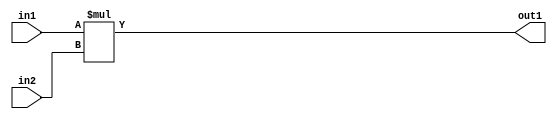
`timescale 1ps / 1ps
/*****************************************************************************
    Verilog RTL Description
    
    
    Created by: Stratus DpOpt 2019.1.01 
*******************************************************************************/

module st_weight_addr_gen_Mul_16Ux16U_32U_4_9 (
	in2,
	in1,
	out1
	); /* architecture "behavioural" */ 
input [15:0] in2,
	in1;
output [31:0] out1;
wire [31:0] asc001;

assign asc001 = 
	+(in1 * in2);

assign out1 = asc001;
endmodule

/* CADENCE  ubDxTgA= : u9/ySgnWtBlWxVPRXgAZ4Og= ** DO NOT EDIT THIS LINE ******/